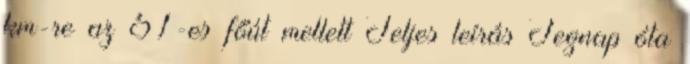
km-re az 51-es főút mellett Teljes leírás Tegnap óta